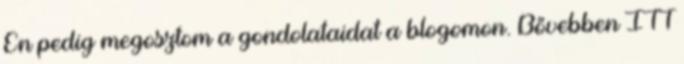
Én pedig megosztom a gondolataidat a blogomon. Bővebben ITT